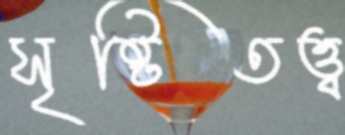
সৃষ্টিতত্ত্ব